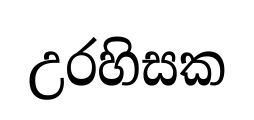
උරහිසක